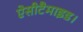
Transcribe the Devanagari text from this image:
ऐसीटैमाइड।